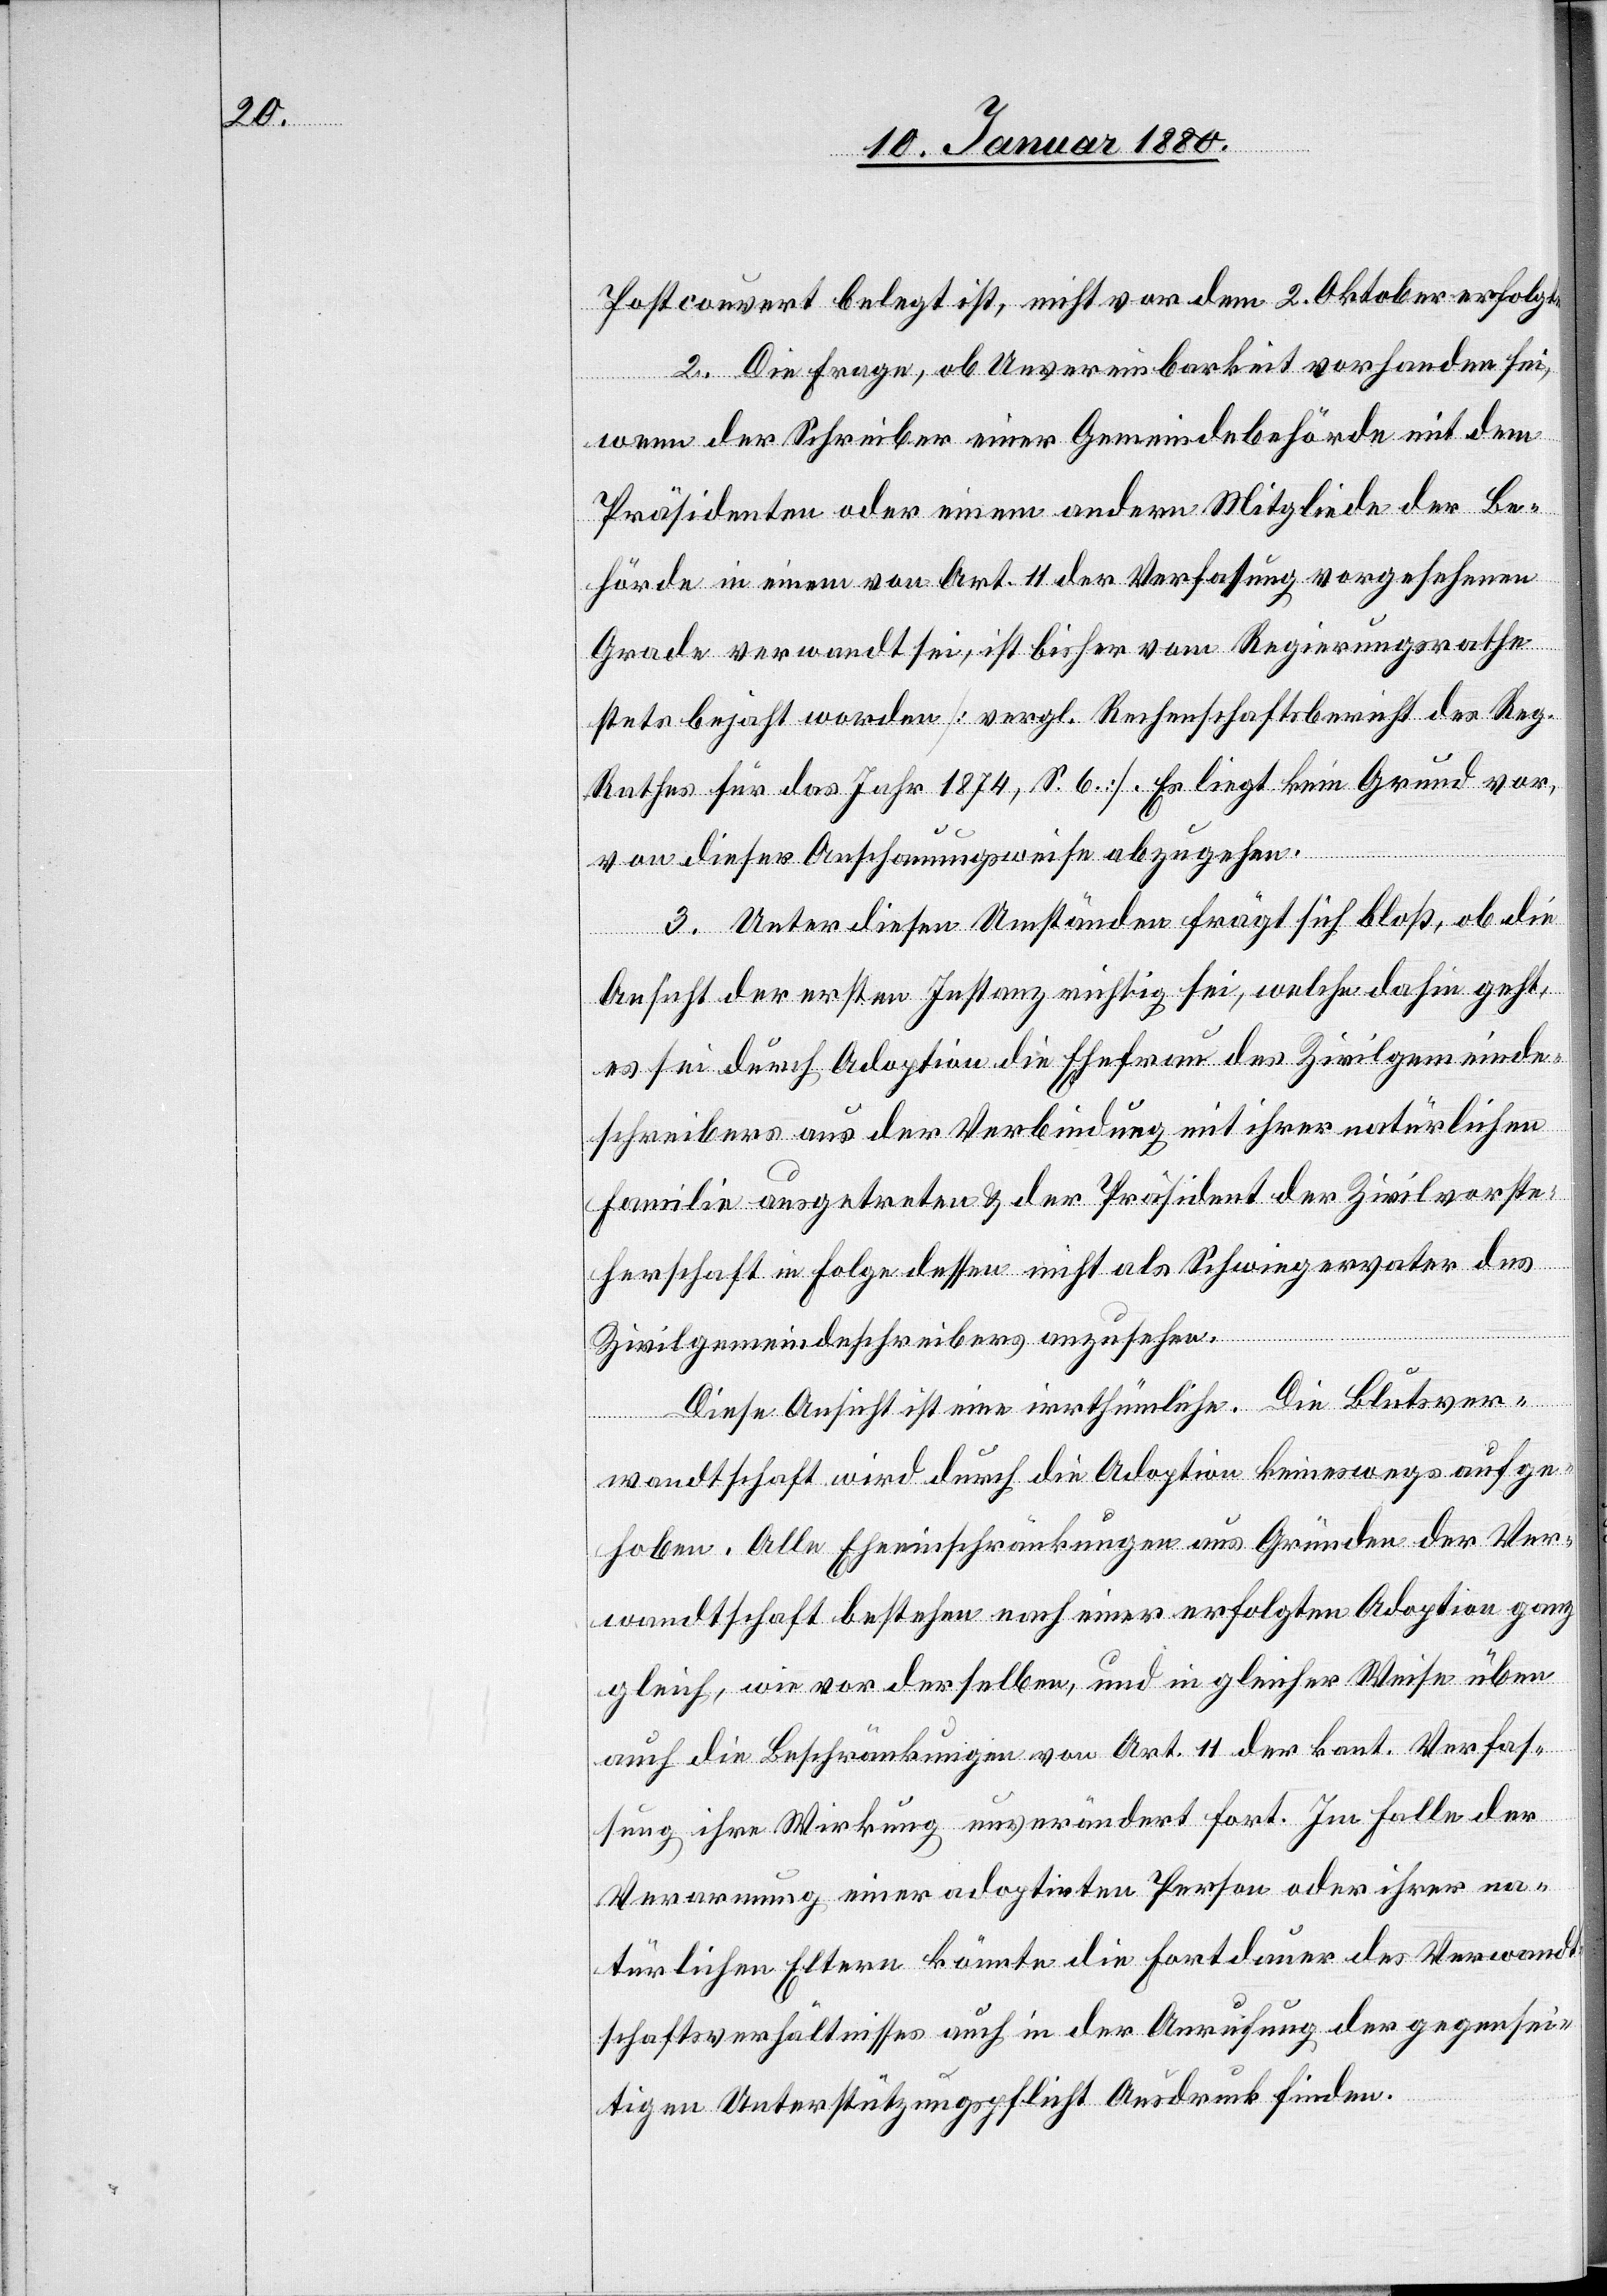
Postcouvert belegt ist, nicht vor dem 2. Oktober erfolgte.
2. Die Frage, ob Unvereinbarkeit vorhanden sei,
wenn der Schreiber einer Gemeindebehörde mit dem
Präsidenten oder einem andern Mitgliede der Be¬
hörde in einem von Art. 11 der Verfassung vorgesehenen
Grade verwandt sei, ist bisher vom Regierungsrathe
stets bejaht worden [vergl. Rechenschaftsbericht des Reg¬
athes für das Jahr 1874, S. 6]. Es liegt kein Grund vor,
von dieser Anschauungsweise abzugehen.
3. Unter diesen Umständen frägt sich bloß, ob die
Ansicht der ersten Instanz richtig sei, welche dahin geht,
es sei durch Adoption die Ehefrau des Zivilgemeinde¬
schreibers aus der Verbindung mit ihrer natürlichen
Familie ausgetreten & der Präsident der Zivilvorste¬
herschaft in Folge dessen nicht als Schiegervater des
Diese Ansicht ist eine irrthümliche. Die Blutsver¬
anzusehen.
wandtschaft wird durch die Adoption keineswegs aufge¬
hoben. Alle Eheeinschränkungen aus Gründen der Ver¬
wandtschaft bestehen nach einer erfolgten Adoption ganz
gleich, wie vor derselben, und in gleicher Weise üben
auch die Beschränkungen von Art. 11 der kant. Verfas¬
sung ihre Wirkung unverändert fort. Im Falle der
Verarmung einer adoptirten Person oder ihrer na¬
türlichen Eltern könnte die Fortdauer des Verwandt¬
schaftsverhältnisses auch in der Anrufung der gegensei¬
tigen Unterstützungspflicht Ausdruck finden.